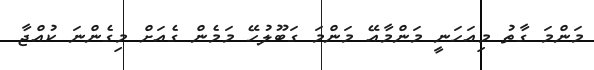
މަންމަ ގާތު މިއަހަނީ މަންމާއޭ މަންމަ ގަބޫލުހޭ މަމެން ގެއަށް މިގެންނަ ކުއްޖާ